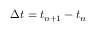
\Delta t = t _ { n + 1 } - t _ { n }